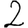
Digit: 2